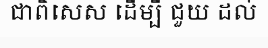
ជាពិសេស ដើម្បី ជួយ ដល់